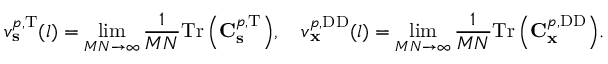
v _ { \mathbf { s } } ^ { p , \mathrm { T } } ( l ) = \operatorname* { l i m } _ { M N \rightarrow \infty } { \frac { 1 } { M N } \mathrm { T r } \left( \mathbf { C } _ { \mathbf { s } } ^ { p , \mathrm { T } } \right) } , \quad v _ { \mathbf { x } } ^ { p , \mathrm { D D } } ( l ) = \operatorname* { l i m } _ { M N \rightarrow \infty } { \frac { 1 } { M N } \mathrm { T r } \left( \mathbf { C } _ { \mathbf { x } } ^ { p , \mathrm { D D } } \right) } .